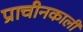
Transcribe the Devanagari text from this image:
प्राचीनकाली